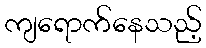
ကျရောက်နေသည့်